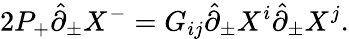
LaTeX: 2P_{+}\hat{\partial}_{\pm}X^{-}=G_{ij}\hat{\partial}_{\pm}X^{i}\hat{\partial}_{\pm}X^{j}.